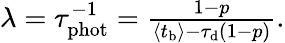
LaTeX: \begin{array}{r}{\lambda=\tau_{\mathrm{phot}}^{-1}=\frac{1-p}{\left\langle t_{\mathrm{b}}\right\rangle-\tau_{\mathrm{d}}(1-p)}.}\end{array}